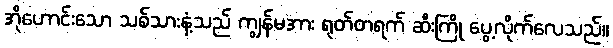
အိုဟောင်းသော သစ်သားနံ့သည် ကျွန်မအား ရုတ်တရက် ဆီးကြို ပွေ့လိုက်လေသည်။